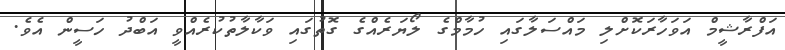
އަފްރާޝީމް އަވަހާރަކޮށްލި މައްސަލާގައި ހުމާމްގެ ލޯޔަރެއްގެ ގޮތުގައި ވަކާލާތުކުރެއްވީ އަބްދު ހަސީން އެވެ.